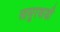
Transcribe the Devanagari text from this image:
सासुरवाडी